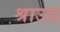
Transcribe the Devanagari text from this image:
श्राउड